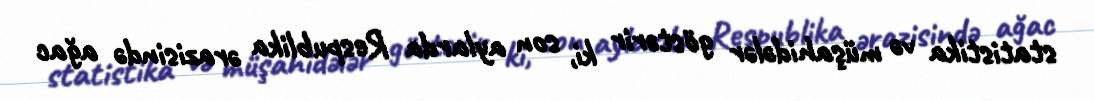
statistika və müşahidələr göstərir ki, son aylarda Respublika ərazisində ağac